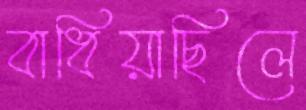
বাধিয়াছিলে